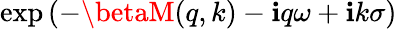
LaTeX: \exp\left(-\betaM(q,k)-\mathbf{i}q\omega+\mathbf{i}k\sigma\right)